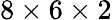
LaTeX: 8\times 6\times 2